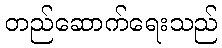
တည်ဆောက်ရေးသည်